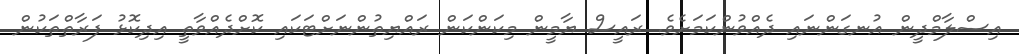
އިސްލާމްދީން އުނގަންނައި ދެއްވުންކަމަށެވެ. ރައީސް ޔާމީން މިކަންކަން ރައްޔިތުންނަށްޓަކައި ކޮށްދެއްވާތީ އިދިކޮޅު ފަރާތްތަކުން